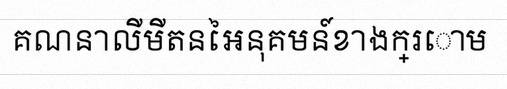
គណនាលីមីតនៃអនុគមន៍ខាងក្រោម